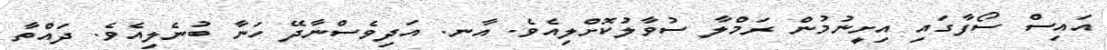
އައިސް ސޯފާގައި އިށީނުމުން ރަމްލާ ސުވާލުކޮށްލިއެވެ. އާނ. އަދިވެސްނާދޭ ހަނާ ބުނެލިއެވެ. ދައްތާ